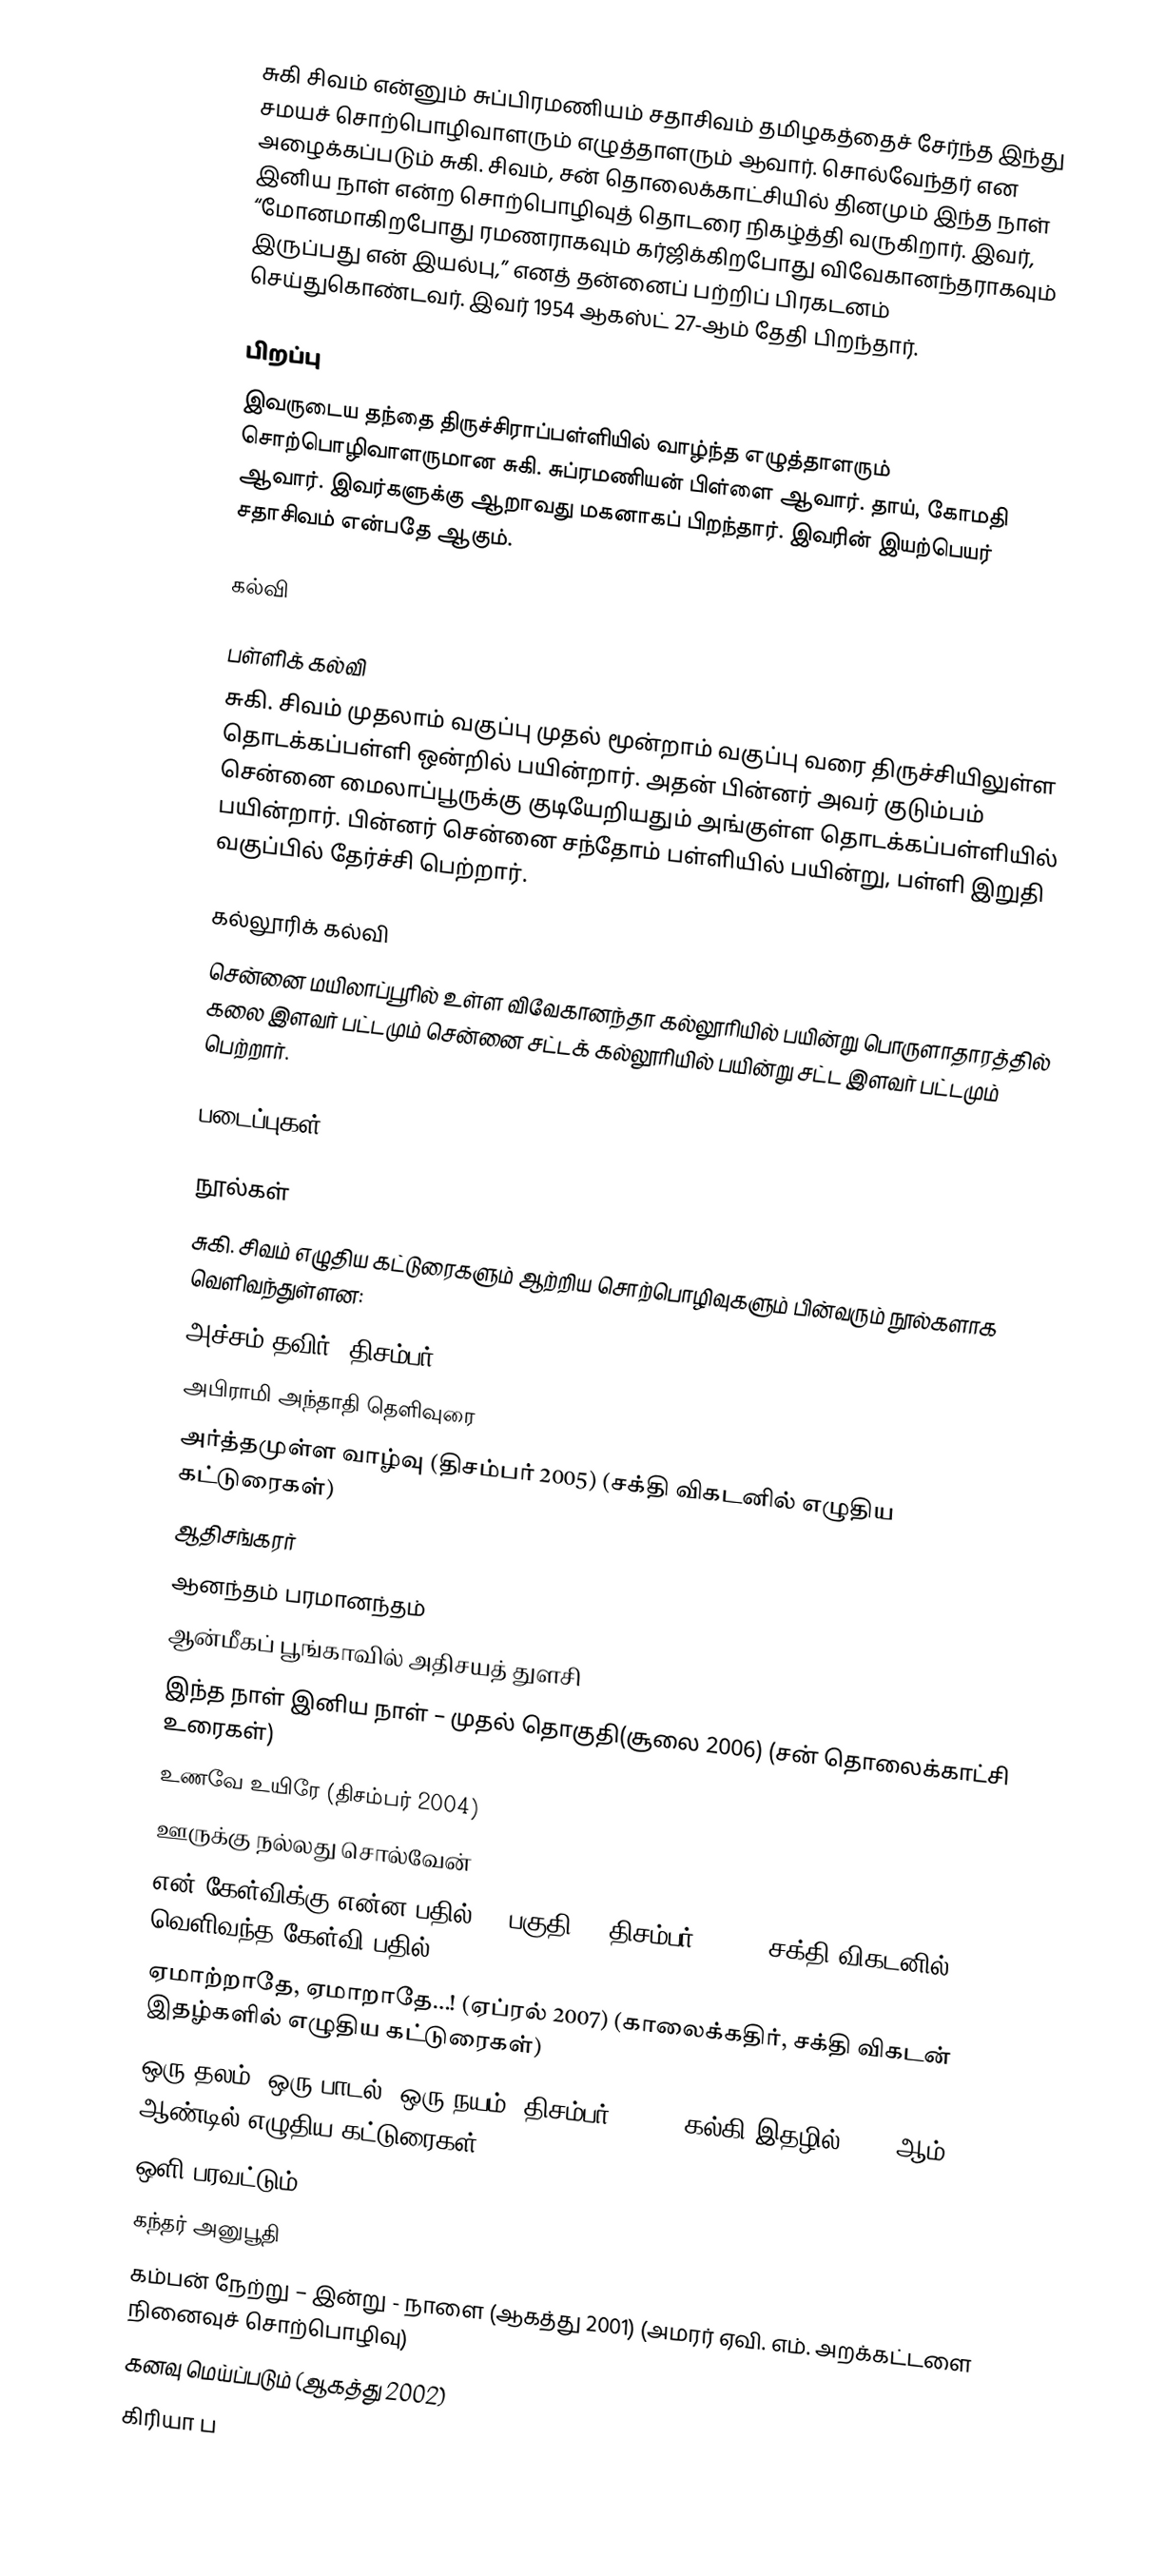
சுகி சிவம் என்னும் சுப்பிரமணியம் சதாசிவம் தமிழகத்தைச் சேர்ந்த இந்து சமயச் சொற்பொழிவாளரும் எழுத்தாளரும் ஆவார். சொல்வேந்தர் என அழைக்கப்படும் சுகி. சிவம், சன் தொலைக்காட்சியில் தினமும் இந்த நாள் இனிய நாள் என்ற சொற்பொழிவுத் தொடரை நிகழ்த்தி வருகிறார். இவர், “மோனமாகிறபோது ரமணராகவும் கர்ஜிக்கிறபோது விவேகானந்தராகவும் இருப்பது என் இயல்பு,”  எனத் தன்னைப் பற்றிப் பிரகடனம் செய்துகொண்டவர். இவர் 1954 ஆகஸ்ட் 27-ஆம் தேதி பிறந்தார்.

பிறப்பு
இவருடைய தந்தை திருச்சிராப்பள்ளியில் வாழ்ந்த எழுத்தாளரும் சொற்பொழிவாளருமான சுகி. சுப்ரமணியன் பிள்ளை ஆவார். தாய், கோமதி ஆவார். இவர்களுக்கு ஆறாவது மகனாகப் பிறந்தார். இவரின் இயற்பெயர் சதாசிவம் என்பதே ஆகும்.

கல்வி

பள்ளிக் கல்வி
சுகி. சிவம் முதலாம் வகுப்பு முதல் மூன்றாம் வகுப்பு வரை திருச்சியிலுள்ள தொடக்கப்பள்ளி ஒன்றில் பயின்றார். அதன் பின்னர் அவர் குடும்பம் சென்னை மைலாப்பூருக்கு குடியேறியதும் அங்குள்ள தொடக்கப்பள்ளியில் பயின்றார். பின்னர் சென்னை சந்தோம் பள்ளியில் பயின்று, பள்ளி இறுதி வகுப்பில் தேர்ச்சி பெற்றார்.

கல்லூரிக் கல்வி
சென்னை மயிலாப்பூரில் உள்ள விவேகானந்தா கல்லூரியில் பயின்று பொருளாதாரத்தில் கலை இளவர் பட்டமும் சென்னை சட்டக் கல்லூரியில் பயின்று சட்ட இளவர் பட்டமும் பெற்றார்.

படைப்புகள்

நூல்கள்
சுகி. சிவம் எழுதிய கட்டுரைகளும் ஆற்றிய சொற்பொழிவுகளும் பின்வரும் நூல்களாக வெளிவந்துள்ளன:
 அச்சம் தவிர் (திசம்பர் 2006)
 அபிராமி அந்தாதி தெளிவுரை
 அர்த்தமுள்ள வாழ்வு (திசம்பர் 2005) (சக்தி விகடனில் எழுதிய கட்டுரைகள்)
 ஆதிசங்கரர்
 ஆனந்தம் பரமானந்தம்
 ஆன்மீகப் பூங்காவில் அதிசயத் துளசி
 இந்த நாள் இனிய நாள் – முதல் தொகுதி(சூலை 2006) (சன் தொலைக்காட்சி உரைகள்)
 உணவே உயிரே (திசம்பர் 2004)
 ஊருக்கு நல்லது சொல்வேன்
 என் கேள்விக்கு என்ன பதில்? - பகுதி 1  (திசம்பர் 2007) (சக்தி விகடனில் வெளிவந்த கேள்வி பதில்)
 ஏமாற்றாதே, ஏமாறாதே…! (ஏப்ரல் 2007) (காலைக்கதிர், சக்தி விகடன் இதழ்களில் எழுதிய கட்டுரைகள்)
 ஒரு தலம், ஒரு பாடல், ஒரு நயம் (திசம்பர் 2002) (கல்கி இதழில் 1995 ஆம் ஆண்டில் எழுதிய கட்டுரைகள்)
 ஒளி பரவட்டும்
 கந்தர் அனுபூதி
 கம்பன் நேற்று – இன்று - நாளை (ஆகத்து 2001) (அமரர் ஏவி. எம். அறக்கட்டளை நினைவுச் சொற்பொழிவு)
 கனவு மெய்ப்படும் (ஆகத்து 2002)
 கிரியா ப